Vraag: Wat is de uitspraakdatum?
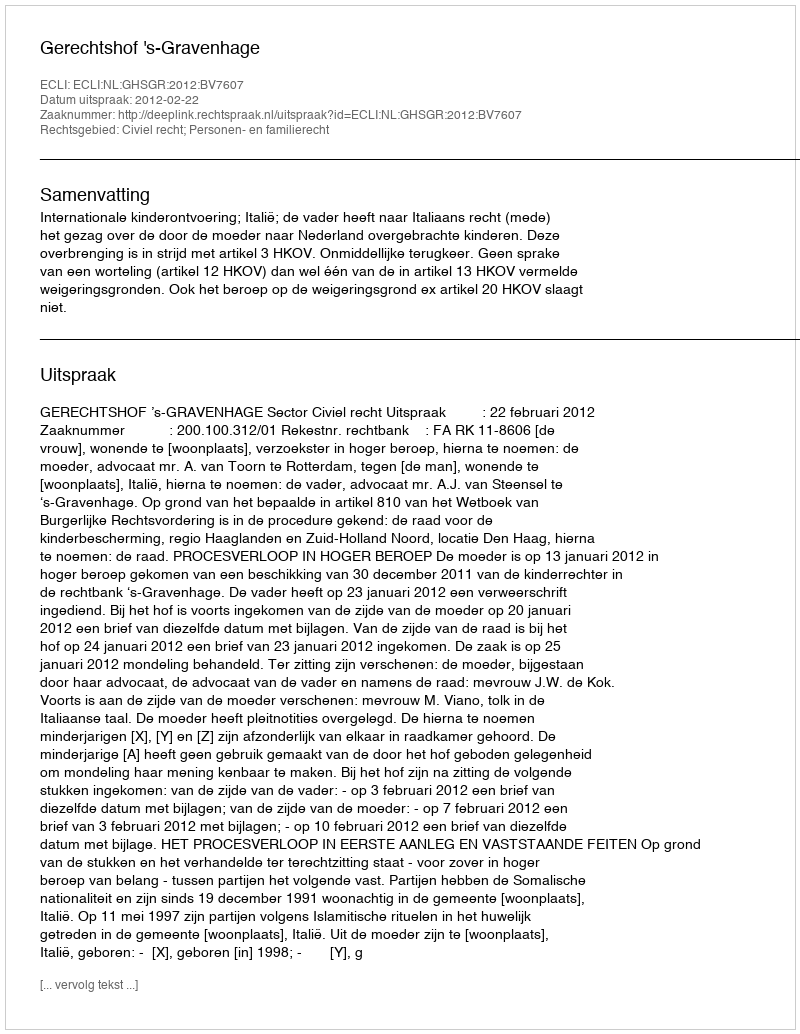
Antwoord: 2012-02-22